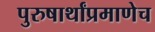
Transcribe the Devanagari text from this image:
पुरुषार्थांप्रमाणेच